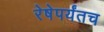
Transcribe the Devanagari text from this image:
रेषेपर्यंतच